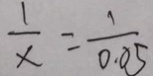
\frac { 1 } { x } = \frac { 1 } { 0 . 0 5 }